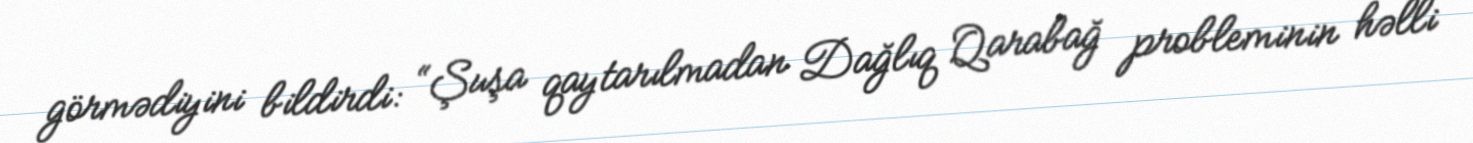
görmədiyini bildirdi: “Şuşa qaytarılmadan Dağlıq Qarabağ probleminin həlli